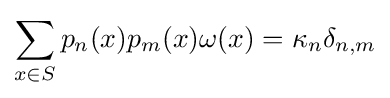
\sum \limits _{x\in S}p_{n}(x)p_{m}(x)\omega (x)=\kappa _{n}\delta _{n,m}